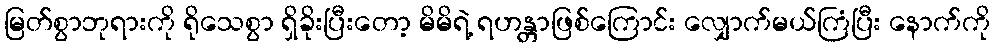
မြတ်စွာဘုရားကို ရိုသေစွာ ရှိခိုးပြီးတော့ မိမိရဲ့ ရဟန္တာဖြစ်ကြောင်း လျှောက်မယ်ကြံပြီး နောက်ကို